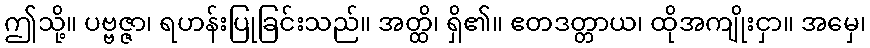
ဤသို့။ ပဗ္ဗဇ္ဇာ၊ ရဟန်းပြုခြင်းသည်။ အတ္ထိ၊ ရှိ၏။ ဧတဒတ္တာယ၊ ထိုအကျိုးငှာ။ အမှေ၊